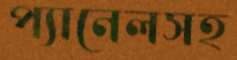
প্যানেলসহ